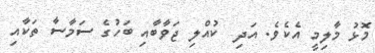
މޮޅު މާލިމީ އެކެވެ. އަދި  ކުއްލި ޖަވާބާއި ބަހުގެ ސަމާސާ ތަކާއި